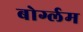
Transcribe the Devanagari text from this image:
बोर्ग्लम